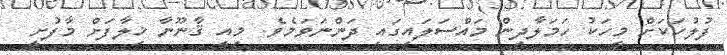
ފުލުހަކަށް މީހަކު ހަމަލާދިން މައްސަލައިގައި ދަންނަވަމެވެ. މިއީ ޤާނޫނާ ޚިލާފަށް މާފުށީ